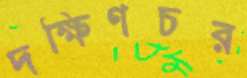
দক্ষিণচর